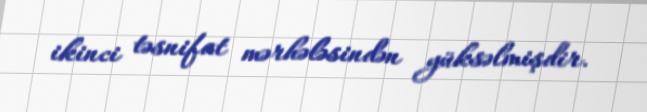
ikinci təsnifat mərhələsindən yüksəlmişdir.